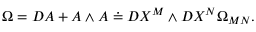
\Omega = D A + A \wedge A \doteq D X ^ { M } \wedge D X ^ { N } \Omega _ { M N } .